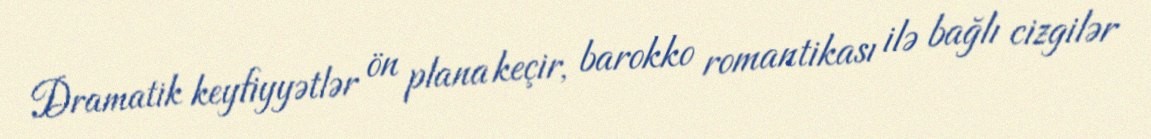
Dramatik keyfiyyətlər ön plana keçir, barokko romantikası ilə bağlı cizgilər